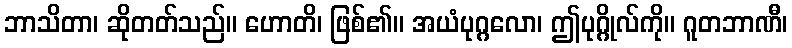
ဘာသိတာ၊ ဆိုတတ်သည်။ ဟောတိ၊ ဖြစ်၏။ အယံပုဂ္ဂလော၊ ဤပုဂ္ဂိုလ်ကို။ ဂူတဘာဏီ၊